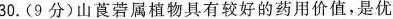
30.(9分)山莨菪属植物具有较好的药用价值，是优